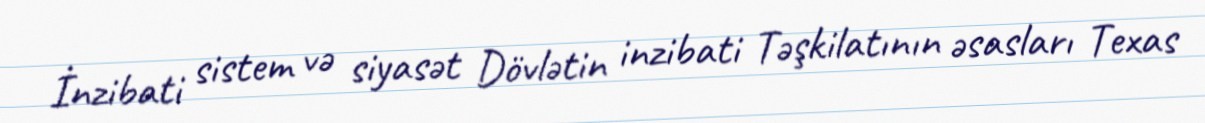
İnzibati sistem və siyasət Dövlətin inzibati Təşkilatının əsasları Texas